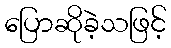
ပြောဆိုခဲ့သဖြင့်